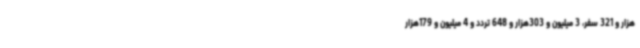
هزار و 321 سفر، 3 میلیون و 303هزار و 648 تردد و 4 میلیون و 179هزار